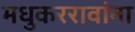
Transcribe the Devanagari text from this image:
मधुकररावांना